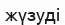
жүзуді